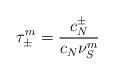
LaTeX: \begin{align*}\tau_\pm^m = \frac{c_N^\pm}{c_N \nu_S^m}\end{align*}